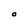
Character: O